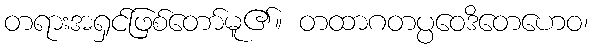
တရားအရှင်ဖြစ်တော်မူ၏။ တထာဂတပ္ပဝေဒိတေဟေဝ၊